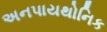
અનપાયથોનિક